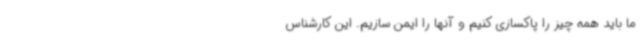
ما باید همه چیز را پاکسازی کنیم و آنها را ایمن سازیم. این کارشناس